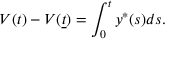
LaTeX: V ( t ) - V ( { \underline { { t } } } ) = \int _ { 0 } ^ { t } y ^ { \ast } ( s ) d s .